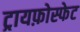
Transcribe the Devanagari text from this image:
ट्रायफ़ोस्फेट